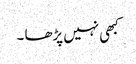
کبھی نہیں پڑھا ۔